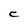
Character: C